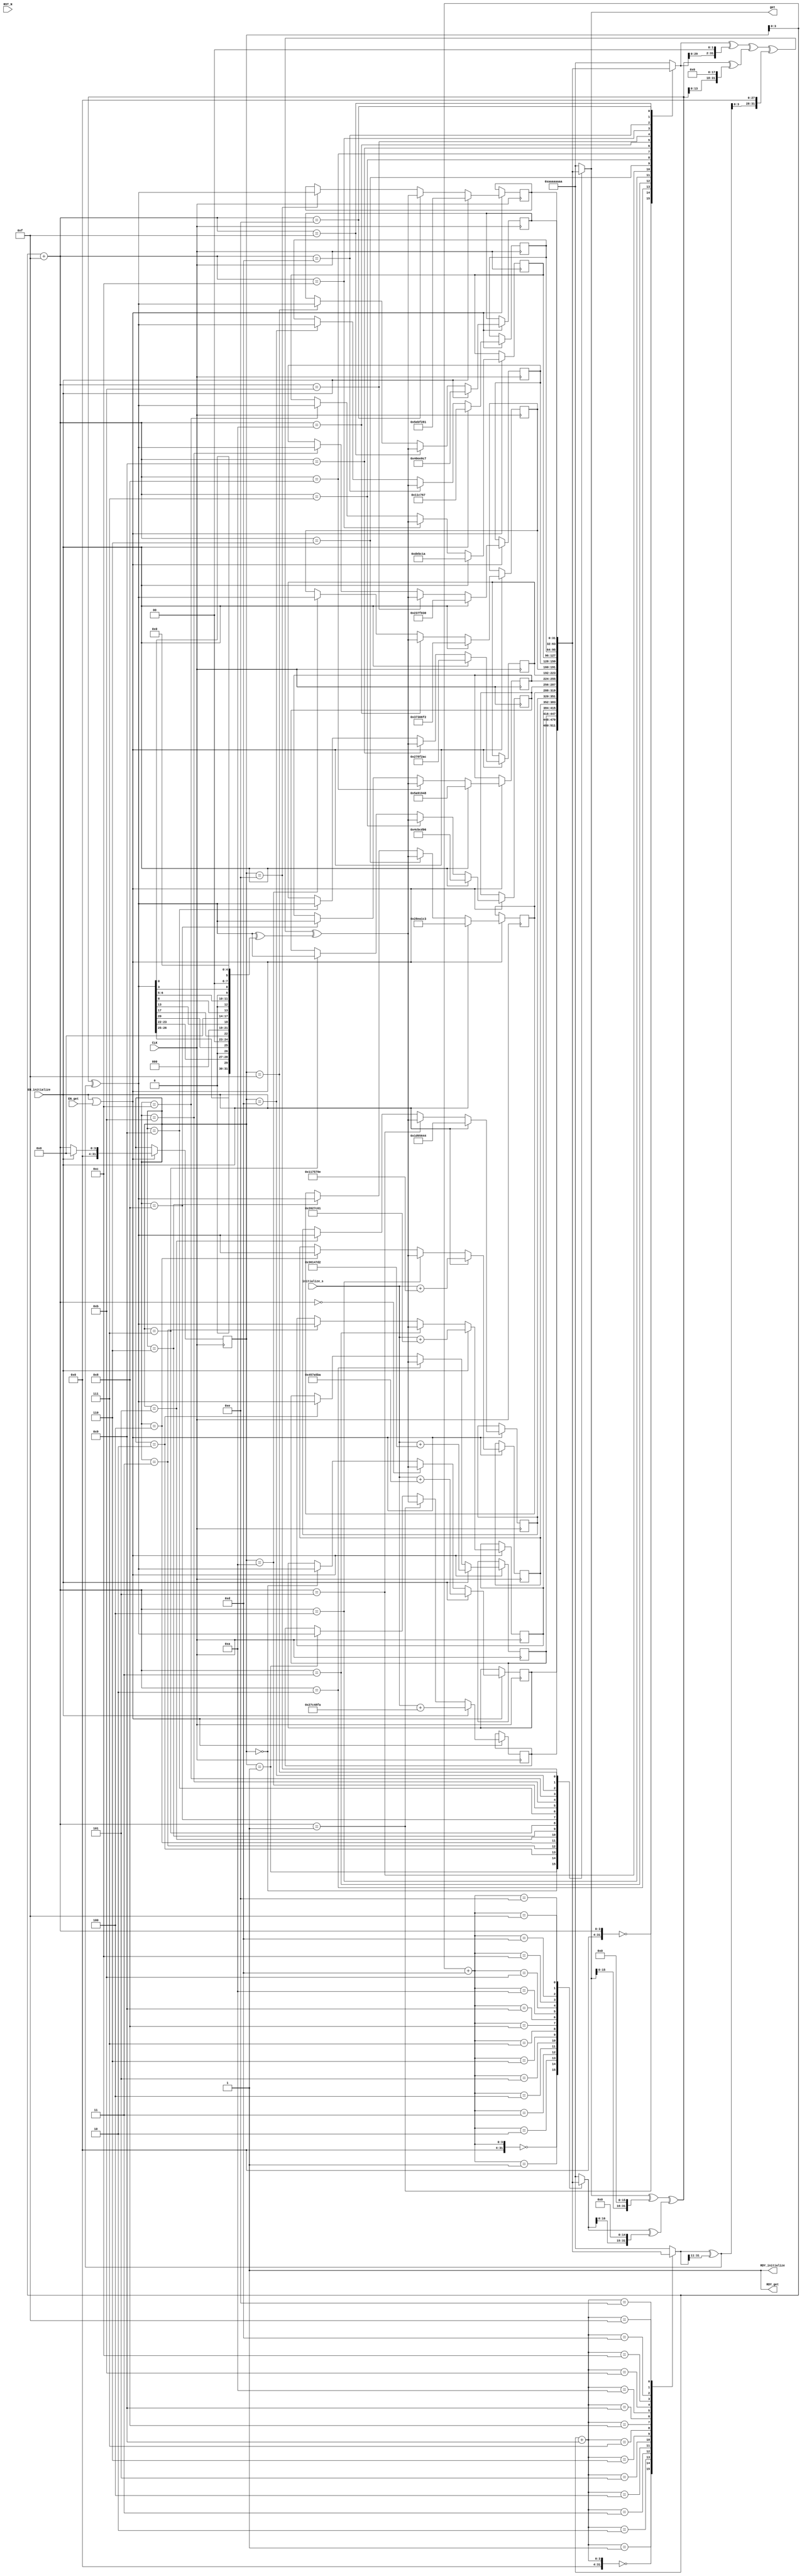
//
// Generated by Bluespec Compiler, version 2014.07.A (build 34078, 2014-07-30)
//
// On Fri Dec  2 17:21:52 BRST 2016
//
//
// Ports:
// Name                         I/O  size props
// RDY_initialize                 O     1 const
// get                            O    32
// RDY_get                        O     1 const
// CLK                            I     1 clock
// RST_N                          I     1 unused
// initialize_s                   I    32
// EN_initialize                  I     1
// EN_get                         I     1
//
// No combinational paths from inputs to outputs
//
//

`ifdef BSV_ASSIGNMENT_DELAY
`else
  `define BSV_ASSIGNMENT_DELAY
`endif

`ifdef BSV_POSITIVE_RESET
  `define BSV_RESET_VALUE 1'b1
  `define BSV_RESET_EDGE posedge
`else
  `define BSV_RESET_VALUE 1'b0
  `define BSV_RESET_EDGE negedge
`endif

module mkWellPRNG(CLK,
		  RST_N,

		  initialize_s,
		  EN_initialize,
		  RDY_initialize,

		  EN_get,
		  get,
		  RDY_get);
  input  CLK;
  input  RST_N;

  // action method initialize
  input  [31 : 0] initialize_s;
  input  EN_initialize;
  output RDY_initialize;

  // actionvalue method get
  input  EN_get;
  output [31 : 0] get;
  output RDY_get;

  // signals for module outputs
  reg [31 : 0] get;
  wire RDY_get, RDY_initialize;

  // register state_0
  reg [31 : 0] state_0;
  wire [31 : 0] state_0$D_IN;
  wire state_0$EN;

  // register state_1
  reg [31 : 0] state_1;
  wire [31 : 0] state_1$D_IN;
  wire state_1$EN;

  // register state_10
  reg [31 : 0] state_10;
  wire [31 : 0] state_10$D_IN;
  wire state_10$EN;

  // register state_11
  reg [31 : 0] state_11;
  wire [31 : 0] state_11$D_IN;
  wire state_11$EN;

  // register state_12
  reg [31 : 0] state_12;
  wire [31 : 0] state_12$D_IN;
  wire state_12$EN;

  // register state_13
  reg [31 : 0] state_13;
  wire [31 : 0] state_13$D_IN;
  wire state_13$EN;

  // register state_14
  reg [31 : 0] state_14;
  wire [31 : 0] state_14$D_IN;
  wire state_14$EN;

  // register state_15
  reg [31 : 0] state_15;
  wire [31 : 0] state_15$D_IN;
  wire state_15$EN;

  // register state_2
  reg [31 : 0] state_2;
  wire [31 : 0] state_2$D_IN;
  wire state_2$EN;

  // register state_3
  reg [31 : 0] state_3;
  wire [31 : 0] state_3$D_IN;
  wire state_3$EN;

  // register state_4
  reg [31 : 0] state_4;
  wire [31 : 0] state_4$D_IN;
  wire state_4$EN;

  // register state_5
  reg [31 : 0] state_5;
  wire [31 : 0] state_5$D_IN;
  wire state_5$EN;

  // register state_6
  reg [31 : 0] state_6;
  wire [31 : 0] state_6$D_IN;
  wire state_6$EN;

  // register state_7
  reg [31 : 0] state_7;
  wire [31 : 0] state_7$D_IN;
  wire state_7$EN;

  // register state_8
  reg [31 : 0] state_8;
  wire [31 : 0] state_8$D_IN;
  wire state_8$EN;

  // register state_9
  reg [31 : 0] state_9;
  wire [31 : 0] state_9$D_IN;
  wire state_9$EN;

  // register state_i
  reg [31 : 0] state_i;
  wire [31 : 0] state_i$D_IN;
  wire state_i$EN;

  // register z0
  reg [31 : 0] z0;
  wire [31 : 0] z0$D_IN;
  wire z0$EN;

  // register z1
  reg [31 : 0] z1;
  wire [31 : 0] z1$D_IN;
  wire z1$EN;

  // register z2
  reg [31 : 0] z2;
  wire [31 : 0] z2$D_IN;
  wire z2$EN;

  // rule scheduling signals
  wire CAN_FIRE_get, CAN_FIRE_initialize, WILL_FIRE_get, WILL_FIRE_initialize;

  // inputs to muxes for submodule ports
  wire [31 : 0] MUX_state_0$write_1__VAL_1,
		MUX_state_0$write_1__VAL_2,
		MUX_state_1$write_1__VAL_1,
		MUX_state_1$write_1__VAL_2,
		MUX_state_10$write_1__VAL_2,
		MUX_state_11$write_1__VAL_2,
		MUX_state_12$write_1__VAL_2,
		MUX_state_13$write_1__VAL_2,
		MUX_state_14$write_1__VAL_2,
		MUX_state_15$write_1__VAL_2,
		MUX_state_2$write_1__VAL_1,
		MUX_state_2$write_1__VAL_2,
		MUX_state_3$write_1__VAL_1,
		MUX_state_3$write_1__VAL_2,
		MUX_state_4$write_1__VAL_1,
		MUX_state_4$write_1__VAL_2,
		MUX_state_5$write_1__VAL_2,
		MUX_state_6$write_1__VAL_2,
		MUX_state_7$write_1__VAL_2,
		MUX_state_8$write_1__VAL_2,
		MUX_state_9$write_1__VAL_2;

  // remaining internal signals
  reg [31 : 0] v__h3297, v__h3374, z0__h2638;
  wire [31 : 0] n__h3977,
		n__h3981,
		state_i_PLUS_13__q1,
		state_i_PLUS_15__q2,
		state_i_PLUS_9__q3,
		v__h3243,
		x__h2675,
		x__h3240,
		x__h3311,
		x__h3389,
		x__h4015,
		x__h4017,
		x__h4019,
		y__h3241,
		y__h3256,
		y__h3310,
		y__h3387,
		y__h4016,
		y__h4018,
		y__h4020,
		y__h4034,
		y__h4061,
		y__h4106,
		z1__h2639,
		z2__h2640;

  // action method initialize
  assign RDY_initialize = 1'd1 ;
  assign CAN_FIRE_initialize = 1'd1 ;
  assign WILL_FIRE_initialize = EN_initialize ;

  // actionvalue method get
  always@(state_i or
	  state_0 or
	  state_1 or
	  state_2 or
	  state_3 or
	  state_4 or
	  state_5 or
	  state_6 or
	  state_7 or
	  state_8 or
	  state_9 or
	  state_10 or
	  state_11 or state_12 or state_13 or state_14 or state_15)
  begin
    case (state_i)
      32'd0: get = state_0;
      32'd1: get = state_1;
      32'd2: get = state_2;
      32'd3: get = state_3;
      32'd4: get = state_4;
      32'd5: get = state_5;
      32'd6: get = state_6;
      32'd7: get = state_7;
      32'd8: get = state_8;
      32'd9: get = state_9;
      32'd10: get = state_10;
      32'd11: get = state_11;
      32'd12: get = state_12;
      32'd13: get = state_13;
      32'd14: get = state_14;
      32'd15: get = state_15;
      default: get = 32'hAAAAAAAA /* unspecified value */ ;
    endcase
  end
  assign RDY_get = 1'd1 ;
  assign CAN_FIRE_get = 1'd1 ;
  assign WILL_FIRE_get = EN_get ;

  // inputs to muxes for submodule ports
  assign MUX_state_0$write_1__VAL_1 = initialize_s + 32'd72852922 ;
  assign MUX_state_0$write_1__VAL_2 =
	     (state_i_PLUS_15__q2[3:0] == 4'd0) ?
	       n__h3977 :
	       ((state_i == 32'd0) ? n__h3981 : state_0) ;
  assign MUX_state_1$write_1__VAL_1 = initialize_s + 32'd41699578 ;
  assign MUX_state_1$write_1__VAL_2 =
	     (state_i_PLUS_15__q2[3:0] == 4'd1) ?
	       n__h3977 :
	       ((state_i == 32'd1) ? n__h3981 : state_1) ;
  assign MUX_state_10$write_1__VAL_2 =
	     (state_i_PLUS_15__q2[3:0] == 4'd10) ?
	       n__h3977 :
	       ((state_i == 32'd10) ? n__h3981 : state_10) ;
  assign MUX_state_11$write_1__VAL_2 =
	     (state_i_PLUS_15__q2[3:0] == 4'd11) ?
	       n__h3977 :
	       ((state_i == 32'd11) ? n__h3981 : state_11) ;
  assign MUX_state_12$write_1__VAL_2 =
	     (state_i_PLUS_15__q2[3:0] == 4'd12) ?
	       n__h3977 :
	       ((state_i == 32'd12) ? n__h3981 : state_12) ;
  assign MUX_state_13$write_1__VAL_2 =
	     (state_i_PLUS_15__q2[3:0] == 4'd13) ?
	       n__h3977 :
	       ((state_i == 32'd13) ? n__h3981 : state_13) ;
  assign MUX_state_14$write_1__VAL_2 =
	     (state_i_PLUS_15__q2[3:0] == 4'd14) ?
	       n__h3977 :
	       ((state_i == 32'd14) ? n__h3981 : state_14) ;
  assign MUX_state_15$write_1__VAL_2 =
	     (state_i_PLUS_15__q2[3:0] == 4'd15) ?
	       n__h3977 :
	       ((state_i == 32'd15) ? n__h3981 : state_15) ;
  assign MUX_state_2$write_1__VAL_1 = initialize_s + 32'd56707026 ;
  assign MUX_state_2$write_1__VAL_2 =
	     (state_i_PLUS_15__q2[3:0] == 4'd2) ?
	       n__h3977 :
	       ((state_i == 32'd2) ? n__h3981 : state_2) ;
  assign MUX_state_3$write_1__VAL_1 = initialize_s + 32'd33717249 ;
  assign MUX_state_3$write_1__VAL_2 =
	     (state_i_PLUS_15__q2[3:0] == 4'd3) ?
	       n__h3977 :
	       ((state_i == 32'd3) ? n__h3981 : state_3) ;
  assign MUX_state_4$write_1__VAL_1 = initialize_s + 32'd18306974 ;
  assign MUX_state_4$write_1__VAL_2 =
	     (state_i_PLUS_15__q2[3:0] == 4'd4) ?
	       n__h3977 :
	       ((state_i == 32'd4) ? n__h3981 : state_4) ;
  assign MUX_state_5$write_1__VAL_2 =
	     (state_i_PLUS_15__q2[3:0] == 4'd5) ?
	       n__h3977 :
	       ((state_i == 32'd5) ? n__h3981 : state_5) ;
  assign MUX_state_6$write_1__VAL_2 =
	     (state_i_PLUS_15__q2[3:0] == 4'd6) ?
	       n__h3977 :
	       ((state_i == 32'd6) ? n__h3981 : state_6) ;
  assign MUX_state_7$write_1__VAL_2 =
	     (state_i_PLUS_15__q2[3:0] == 4'd7) ?
	       n__h3977 :
	       ((state_i == 32'd7) ? n__h3981 : state_7) ;
  assign MUX_state_8$write_1__VAL_2 =
	     (state_i_PLUS_15__q2[3:0] == 4'd8) ?
	       n__h3977 :
	       ((state_i == 32'd8) ? n__h3981 : state_8) ;
  assign MUX_state_9$write_1__VAL_2 =
	     (state_i_PLUS_15__q2[3:0] == 4'd9) ?
	       n__h3977 :
	       ((state_i == 32'd9) ? n__h3981 : state_9) ;

  // register state_0
  assign state_0$D_IN =
	     EN_initialize ?
	       MUX_state_0$write_1__VAL_1 :
	       MUX_state_0$write_1__VAL_2 ;
  assign state_0$EN = EN_initialize || EN_get ;

  // register state_1
  assign state_1$D_IN =
	     EN_initialize ?
	       MUX_state_1$write_1__VAL_1 :
	       MUX_state_1$write_1__VAL_2 ;
  assign state_1$EN = EN_initialize || EN_get ;

  // register state_10
  assign state_10$D_IN =
	     EN_initialize ? 32'd57870066 : MUX_state_10$write_1__VAL_2 ;
  assign state_10$EN = EN_get || EN_initialize ;

  // register state_11
  assign state_11$D_IN =
	     EN_initialize ? 32'd37220400 : MUX_state_11$write_1__VAL_2 ;
  assign state_11$EN = EN_get || EN_initialize ;

  // register state_12
  assign state_12$D_IN =
	     EN_initialize ? 32'd14597146 : MUX_state_12$write_1__VAL_2 ;
  assign state_12$EN = EN_get || EN_initialize ;

  // register state_13
  assign state_13$D_IN =
	     EN_initialize ? 32'd1165159 : MUX_state_13$write_1__VAL_2 ;
  assign state_13$EN = EN_get || EN_initialize ;

  // register state_14
  assign state_14$D_IN =
	     EN_initialize ? 32'd99349121 : MUX_state_14$write_1__VAL_2 ;
  assign state_14$EN = EN_get || EN_initialize ;

  // register state_15
  assign state_15$D_IN =
	     EN_initialize ? 32'd68083911 : MUX_state_15$write_1__VAL_2 ;
  assign state_15$EN = EN_get || EN_initialize ;

  // register state_2
  assign state_2$D_IN =
	     EN_initialize ?
	       MUX_state_2$write_1__VAL_1 :
	       MUX_state_2$write_1__VAL_2 ;
  assign state_2$EN = EN_initialize || EN_get ;

  // register state_3
  assign state_3$D_IN =
	     EN_initialize ?
	       MUX_state_3$write_1__VAL_1 :
	       MUX_state_3$write_1__VAL_2 ;
  assign state_3$EN = EN_initialize || EN_get ;

  // register state_4
  assign state_4$D_IN =
	     EN_initialize ?
	       MUX_state_4$write_1__VAL_1 :
	       MUX_state_4$write_1__VAL_2 ;
  assign state_4$EN = EN_initialize || EN_get ;

  // register state_5
  assign state_5$D_IN =
	     EN_initialize ? 32'd30824004 : MUX_state_5$write_1__VAL_2 ;
  assign state_5$EN = EN_get || EN_initialize ;

  // register state_6
  assign state_6$D_IN =
	     EN_initialize ? 32'd42901955 : MUX_state_6$write_1__VAL_2 ;
  assign state_6$EN = EN_get || EN_initialize ;

  // register state_7
  assign state_7$D_IN =
	     EN_initialize ? 32'd80465302 : MUX_state_7$write_1__VAL_2 ;
  assign state_7$EN = EN_get || EN_initialize ;

  // register state_8
  assign state_8$D_IN =
	     EN_initialize ? 32'd94968136 : MUX_state_8$write_1__VAL_2 ;
  assign state_8$EN = EN_get || EN_initialize ;

  // register state_9
  assign state_9$D_IN =
	     EN_initialize ? 32'd41480876 : MUX_state_9$write_1__VAL_2 ;
  assign state_9$EN = EN_get || EN_initialize ;

  // register state_i
  assign state_i$D_IN = EN_initialize ? 32'd0 : x__h2675 ;
  assign state_i$EN = EN_get || EN_initialize ;

  // register z0
  assign z0$D_IN = EN_initialize ? 32'd0 : z0__h2638 ;
  assign z0$EN = EN_get || EN_initialize ;

  // register z1
  assign z1$D_IN = EN_initialize ? 32'd0 : z1__h2639 ;
  assign z1$EN = EN_get || EN_initialize ;

  // register z2
  assign z2$D_IN = EN_initialize ? 32'd0 : z2__h2640 ;
  assign z2$EN = EN_get || EN_initialize ;

  // remaining internal signals
  assign n__h3977 = x__h4015 ^ y__h4016 ;
  assign n__h3981 = z1__h2639 ^ z2__h2640 ;
  assign state_i_PLUS_13__q1 = state_i + 32'd13 ;
  assign state_i_PLUS_15__q2 = state_i + 32'd15 ;
  assign state_i_PLUS_9__q3 = state_i + 32'd9 ;
  assign v__h3243 = get ;
  assign x__h2675 = { 28'd0, state_i_PLUS_15__q2[3:0] } ;
  assign x__h3240 = v__h3243 ^ y__h3256 ;
  assign x__h3311 = { 28'd0, state_i_PLUS_13__q1[3:0] } ;
  assign x__h3389 = { 28'd0, state_i_PLUS_9__q3[3:0] } ;
  assign x__h4015 = x__h4017 ^ y__h4018 ;
  assign x__h4017 = x__h4019 ^ y__h4020 ;
  assign x__h4019 = z0__h2638 ^ y__h4034 ;
  assign y__h3241 = v__h3297 ^ y__h3310 ;
  assign y__h3256 = { v__h3243[15:0], 16'd0 } ;
  assign y__h3310 = { v__h3297[16:0], 15'd0 } ;
  assign y__h3387 = { 11'd0, v__h3374[31:11] } ;
  assign y__h4016 = n__h3981 ^ y__h4106 ;
  assign y__h4018 = { z2__h2640[3:0], 28'd0 } ;
  assign y__h4020 = z1__h2639 ^ y__h4061 ;
  assign y__h4034 = { z0__h2638[29:0], 2'd0 } ;
  assign y__h4061 = { z1__h2639[13:0], 18'd0 } ;
  assign y__h4106 =
	     { n__h3981[26:25],
	       1'd0,
	       n__h3981[23:22],
	       1'd0,
	       n__h3981[20],
	       2'd0,
	       n__h3981[17],
	       3'd0,
	       n__h3981[13],
	       4'd0,
	       n__h3981[8],
	       1'd0,
	       n__h3981[6:5],
	       1'd0,
	       n__h3981[3],
	       2'd0,
	       n__h3981[0],
	       5'd0 } ;
  assign z1__h2639 = x__h3240 ^ y__h3241 ;
  assign z2__h2640 = v__h3374 ^ y__h3387 ;
  always@(x__h3311 or
	  state_0 or
	  state_1 or
	  state_2 or
	  state_3 or
	  state_4 or
	  state_5 or
	  state_6 or
	  state_7 or
	  state_8 or
	  state_9 or
	  state_10 or
	  state_11 or state_12 or state_13 or state_14 or state_15)
  begin
    case (x__h3311)
      32'd0: v__h3297 = state_0;
      32'd1: v__h3297 = state_1;
      32'd2: v__h3297 = state_2;
      32'd3: v__h3297 = state_3;
      32'd4: v__h3297 = state_4;
      32'd5: v__h3297 = state_5;
      32'd6: v__h3297 = state_6;
      32'd7: v__h3297 = state_7;
      32'd8: v__h3297 = state_8;
      32'd9: v__h3297 = state_9;
      32'd10: v__h3297 = state_10;
      32'd11: v__h3297 = state_11;
      32'd12: v__h3297 = state_12;
      32'd13: v__h3297 = state_13;
      32'd14: v__h3297 = state_14;
      32'd15: v__h3297 = state_15;
      default: v__h3297 = 32'hAAAAAAAA /* unspecified value */ ;
    endcase
  end
  always@(x__h2675 or
	  state_0 or
	  state_1 or
	  state_2 or
	  state_3 or
	  state_4 or
	  state_5 or
	  state_6 or
	  state_7 or
	  state_8 or
	  state_9 or
	  state_10 or
	  state_11 or state_12 or state_13 or state_14 or state_15)
  begin
    case (x__h2675)
      32'd0: z0__h2638 = state_0;
      32'd1: z0__h2638 = state_1;
      32'd2: z0__h2638 = state_2;
      32'd3: z0__h2638 = state_3;
      32'd4: z0__h2638 = state_4;
      32'd5: z0__h2638 = state_5;
      32'd6: z0__h2638 = state_6;
      32'd7: z0__h2638 = state_7;
      32'd8: z0__h2638 = state_8;
      32'd9: z0__h2638 = state_9;
      32'd10: z0__h2638 = state_10;
      32'd11: z0__h2638 = state_11;
      32'd12: z0__h2638 = state_12;
      32'd13: z0__h2638 = state_13;
      32'd14: z0__h2638 = state_14;
      32'd15: z0__h2638 = state_15;
      default: z0__h2638 = 32'hAAAAAAAA /* unspecified value */ ;
    endcase
  end
  always@(x__h3389 or
	  state_0 or
	  state_1 or
	  state_2 or
	  state_3 or
	  state_4 or
	  state_5 or
	  state_6 or
	  state_7 or
	  state_8 or
	  state_9 or
	  state_10 or
	  state_11 or state_12 or state_13 or state_14 or state_15)
  begin
    case (x__h3389)
      32'd0: v__h3374 = state_0;
      32'd1: v__h3374 = state_1;
      32'd2: v__h3374 = state_2;
      32'd3: v__h3374 = state_3;
      32'd4: v__h3374 = state_4;
      32'd5: v__h3374 = state_5;
      32'd6: v__h3374 = state_6;
      32'd7: v__h3374 = state_7;
      32'd8: v__h3374 = state_8;
      32'd9: v__h3374 = state_9;
      32'd10: v__h3374 = state_10;
      32'd11: v__h3374 = state_11;
      32'd12: v__h3374 = state_12;
      32'd13: v__h3374 = state_13;
      32'd14: v__h3374 = state_14;
      32'd15: v__h3374 = state_15;
      default: v__h3374 = 32'hAAAAAAAA /* unspecified value */ ;
    endcase
  end

  // handling of inlined registers

  always@(posedge CLK)
  begin
    if (state_0$EN) state_0 <= `BSV_ASSIGNMENT_DELAY state_0$D_IN;
    if (state_1$EN) state_1 <= `BSV_ASSIGNMENT_DELAY state_1$D_IN;
    if (state_10$EN) state_10 <= `BSV_ASSIGNMENT_DELAY state_10$D_IN;
    if (state_11$EN) state_11 <= `BSV_ASSIGNMENT_DELAY state_11$D_IN;
    if (state_12$EN) state_12 <= `BSV_ASSIGNMENT_DELAY state_12$D_IN;
    if (state_13$EN) state_13 <= `BSV_ASSIGNMENT_DELAY state_13$D_IN;
    if (state_14$EN) state_14 <= `BSV_ASSIGNMENT_DELAY state_14$D_IN;
    if (state_15$EN) state_15 <= `BSV_ASSIGNMENT_DELAY state_15$D_IN;
    if (state_2$EN) state_2 <= `BSV_ASSIGNMENT_DELAY state_2$D_IN;
    if (state_3$EN) state_3 <= `BSV_ASSIGNMENT_DELAY state_3$D_IN;
    if (state_4$EN) state_4 <= `BSV_ASSIGNMENT_DELAY state_4$D_IN;
    if (state_5$EN) state_5 <= `BSV_ASSIGNMENT_DELAY state_5$D_IN;
    if (state_6$EN) state_6 <= `BSV_ASSIGNMENT_DELAY state_6$D_IN;
    if (state_7$EN) state_7 <= `BSV_ASSIGNMENT_DELAY state_7$D_IN;
    if (state_8$EN) state_8 <= `BSV_ASSIGNMENT_DELAY state_8$D_IN;
    if (state_9$EN) state_9 <= `BSV_ASSIGNMENT_DELAY state_9$D_IN;
    if (state_i$EN) state_i <= `BSV_ASSIGNMENT_DELAY state_i$D_IN;
    if (z0$EN) z0 <= `BSV_ASSIGNMENT_DELAY z0$D_IN;
    if (z1$EN) z1 <= `BSV_ASSIGNMENT_DELAY z1$D_IN;
    if (z2$EN) z2 <= `BSV_ASSIGNMENT_DELAY z2$D_IN;
  end

  // synopsys translate_off
  `ifdef BSV_NO_INITIAL_BLOCKS
  `else // not BSV_NO_INITIAL_BLOCKS
  initial
  begin
    state_0 = 32'hAAAAAAAA;
    state_1 = 32'hAAAAAAAA;
    state_10 = 32'hAAAAAAAA;
    state_11 = 32'hAAAAAAAA;
    state_12 = 32'hAAAAAAAA;
    state_13 = 32'hAAAAAAAA;
    state_14 = 32'hAAAAAAAA;
    state_15 = 32'hAAAAAAAA;
    state_2 = 32'hAAAAAAAA;
    state_3 = 32'hAAAAAAAA;
    state_4 = 32'hAAAAAAAA;
    state_5 = 32'hAAAAAAAA;
    state_6 = 32'hAAAAAAAA;
    state_7 = 32'hAAAAAAAA;
    state_8 = 32'hAAAAAAAA;
    state_9 = 32'hAAAAAAAA;
    state_i = 32'hAAAAAAAA;
    z0 = 32'hAAAAAAAA;
    z1 = 32'hAAAAAAAA;
    z2 = 32'hAAAAAAAA;
  end
  `endif // BSV_NO_INITIAL_BLOCKS
  // synopsys translate_on
endmodule  // mkWellPRNG